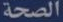
الصحة